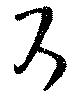
下